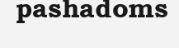
pashadoms